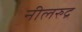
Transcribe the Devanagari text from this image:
नीलरुद्र